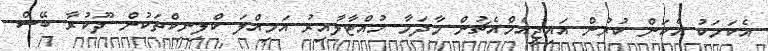
އެކަމަކު އެކަން ކުރުން އައިޖީއެމްއެޗުން މާދަމާ ހުއްޓާލާއިރު އަމިއްލަ ކްލިނިކްތަކުން ދޫކުރާ ބޭސް